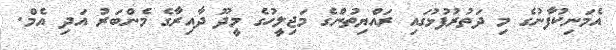
އެމަނިކުފާނުގެ މި ދަތުރުފުޅުގައި ރައްޔިތުންގެ މަޖިލީހުގެ މީދޫ ދާއިރާގެ މެންބަރު އަދި އެމް.